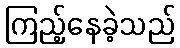
ကြည့်နေခဲ့သည်